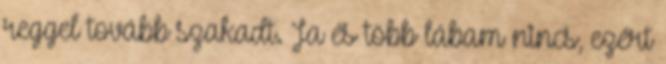
reggel tovább szakadt. Ja és több lábam nincs, ezért